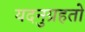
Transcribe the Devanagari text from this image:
यदनुग्रहतो